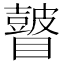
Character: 𥌒